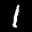
Label: 1